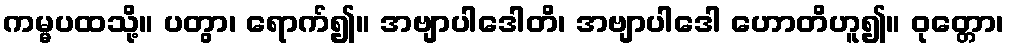
ကမ္မပထသို့။ ပတွာ၊ ရောက်၍။ အဗျာပါဒေါတိ၊ အဗျာပါဒေါ ဟောတိဟူ၍။ ဝုတ္တော၊